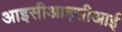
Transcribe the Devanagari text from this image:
आइसीआइसीआई